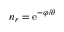
n _ { r } = \mathrm { e } ^ { - \varphi / \theta }